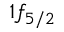
1 f _ { 5 / 2 }